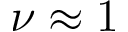
\nu \approx 1